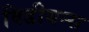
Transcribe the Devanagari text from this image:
विडीयन्स